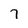
Character: 7